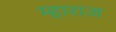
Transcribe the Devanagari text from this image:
म्हाराज